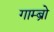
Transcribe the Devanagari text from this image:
गाम्ब्रो